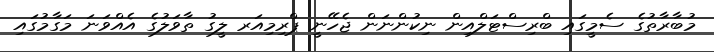
މުބާރާތުގެ ސެމީގައި ބްރިސްޓަލްއިން ނިކުންނަން ޖެހޭނީ ޕްރިމިއަރ ލީގު ތާވަލުގެ އެއްވަނަ މަގާމުގައި